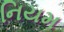
નિયમ